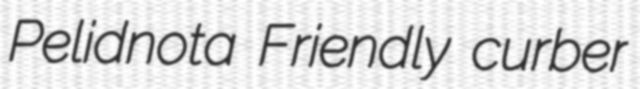
Pelidnota Friendly curber